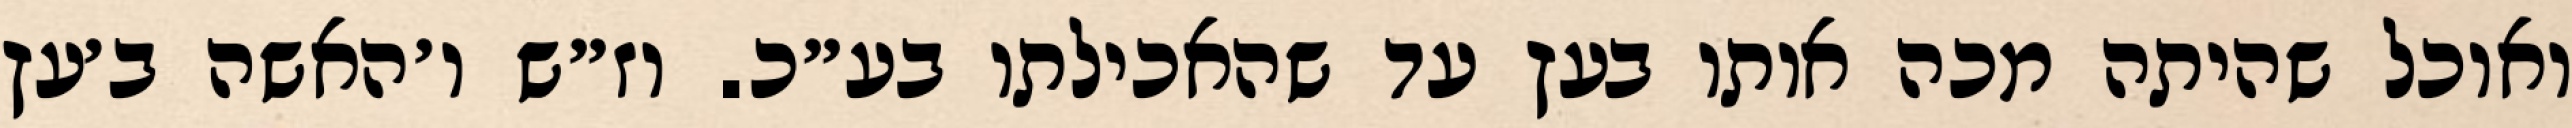
ואוכל שהיתה מכה אותו בעץ עד שהאכילתו בע״כ. וז״ש ו׳האשה ב׳עץ